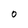
Character: 0